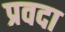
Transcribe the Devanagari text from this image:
प्रवदा